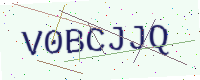
Text: V0BCJJQ